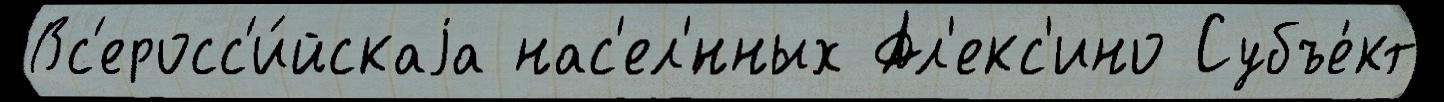
Вс'еросс'и́йскаjа нас'ел'́нных Ал'екс'ино Субъе́кт